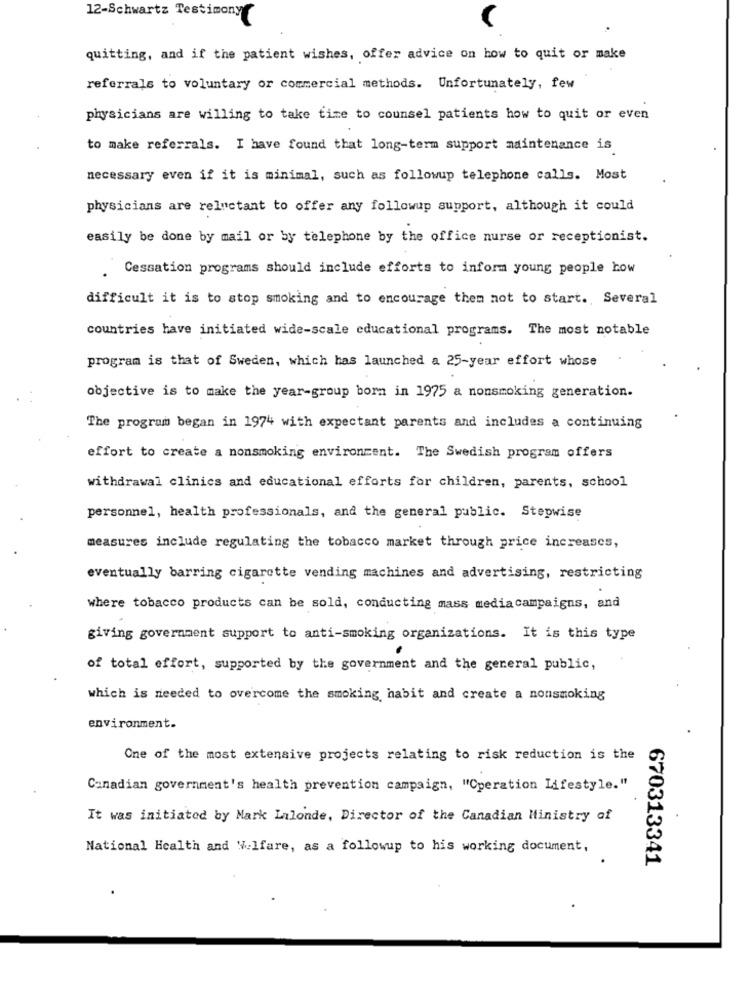
12-Schwartz Testimony
quitting, and if the patient wishes, offer advice on how to quit or make
referrals to voluntary or commercial methods. Unfortunately, few
physicians are willing to take time to counsel patients how to quit or even
to make referrals. I have found that long-term support maintenance is
necessary even if it is minimal, such as followup telephone calls. Most
physicians are reluctant to offer any followup support, although it could
easily be done by mail or by telephone by the office nurse or receptionist.
Cessation programs should include efforts to inform young people how
difficult it is to stop smoking and to encourage them not to start. Several
countries have initiated wide-scale educational programs. The most notable
program is that of Sweden, which has launched a 25-year effort whose
objective is to make the year-group born in 1975 a nonsmoking generation.
The program began in 1974 with expectant parents and includes a continuing
effort to create a nonsmoking environment. The Swedish program offers
withdrawal clinics and educational efforts for children, parents, school
personnel, health professionals, and the general public. Stepwise
measures include regulating the tobacco market through price increases,
eventually barring cigarette vending machines and advertising, restricting
where tobacco products can be sold, conducting mass mediacampaigns, and
giving government support to anti-smoking organizations. It is this type
of total effort, supported by the government and the general public,
which is needed to overcome the smoking habit and create a nonsmoking
environment.
One of the most extensive projects relating to risk reduction is the
Canadian government's health prevention campaign, "Cperation Lifestyle."
It was initiated by Mark Lalonde, Director of the Canadian Ministry of
National Health and Welfare, as a followup to his working document,
670313341